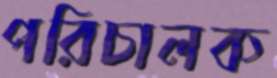
পরিচালক